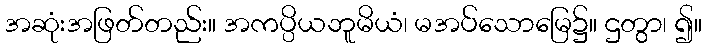
အဆုံးအဖြတ်တည်း။ အကပ္ပိယဘူမိယံ၊ မအပ်သောမြေ၌။ ဌတွာ၊ ၍။